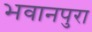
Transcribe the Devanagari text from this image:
भवानपुरा